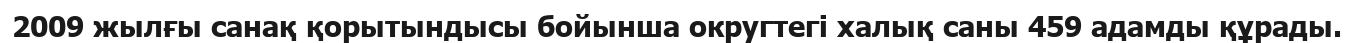
2009 жылғы санақ қорытындысы бойынша округтегі халық саны 459 адамды құрады.